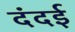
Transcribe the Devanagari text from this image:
दंदई